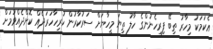
ޢެކަމަކު މިހާރު ތިބޭ ފިރިހެނުންގެ ހާލު ތިޔަ މީހަާޔަށް ސަރުކާރުން ހުރިހާހަރަދެއް ކޮށްދެއްވުމަށް